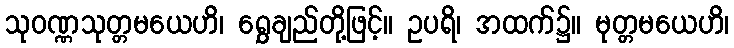
သုဝဏ္ဏသုတ္တမယေဟိ၊ ရွှေချည်တို့ဖြင့်။ ဥပရိ၊ အထက်၌။ မုတ္တမယေဟိ၊